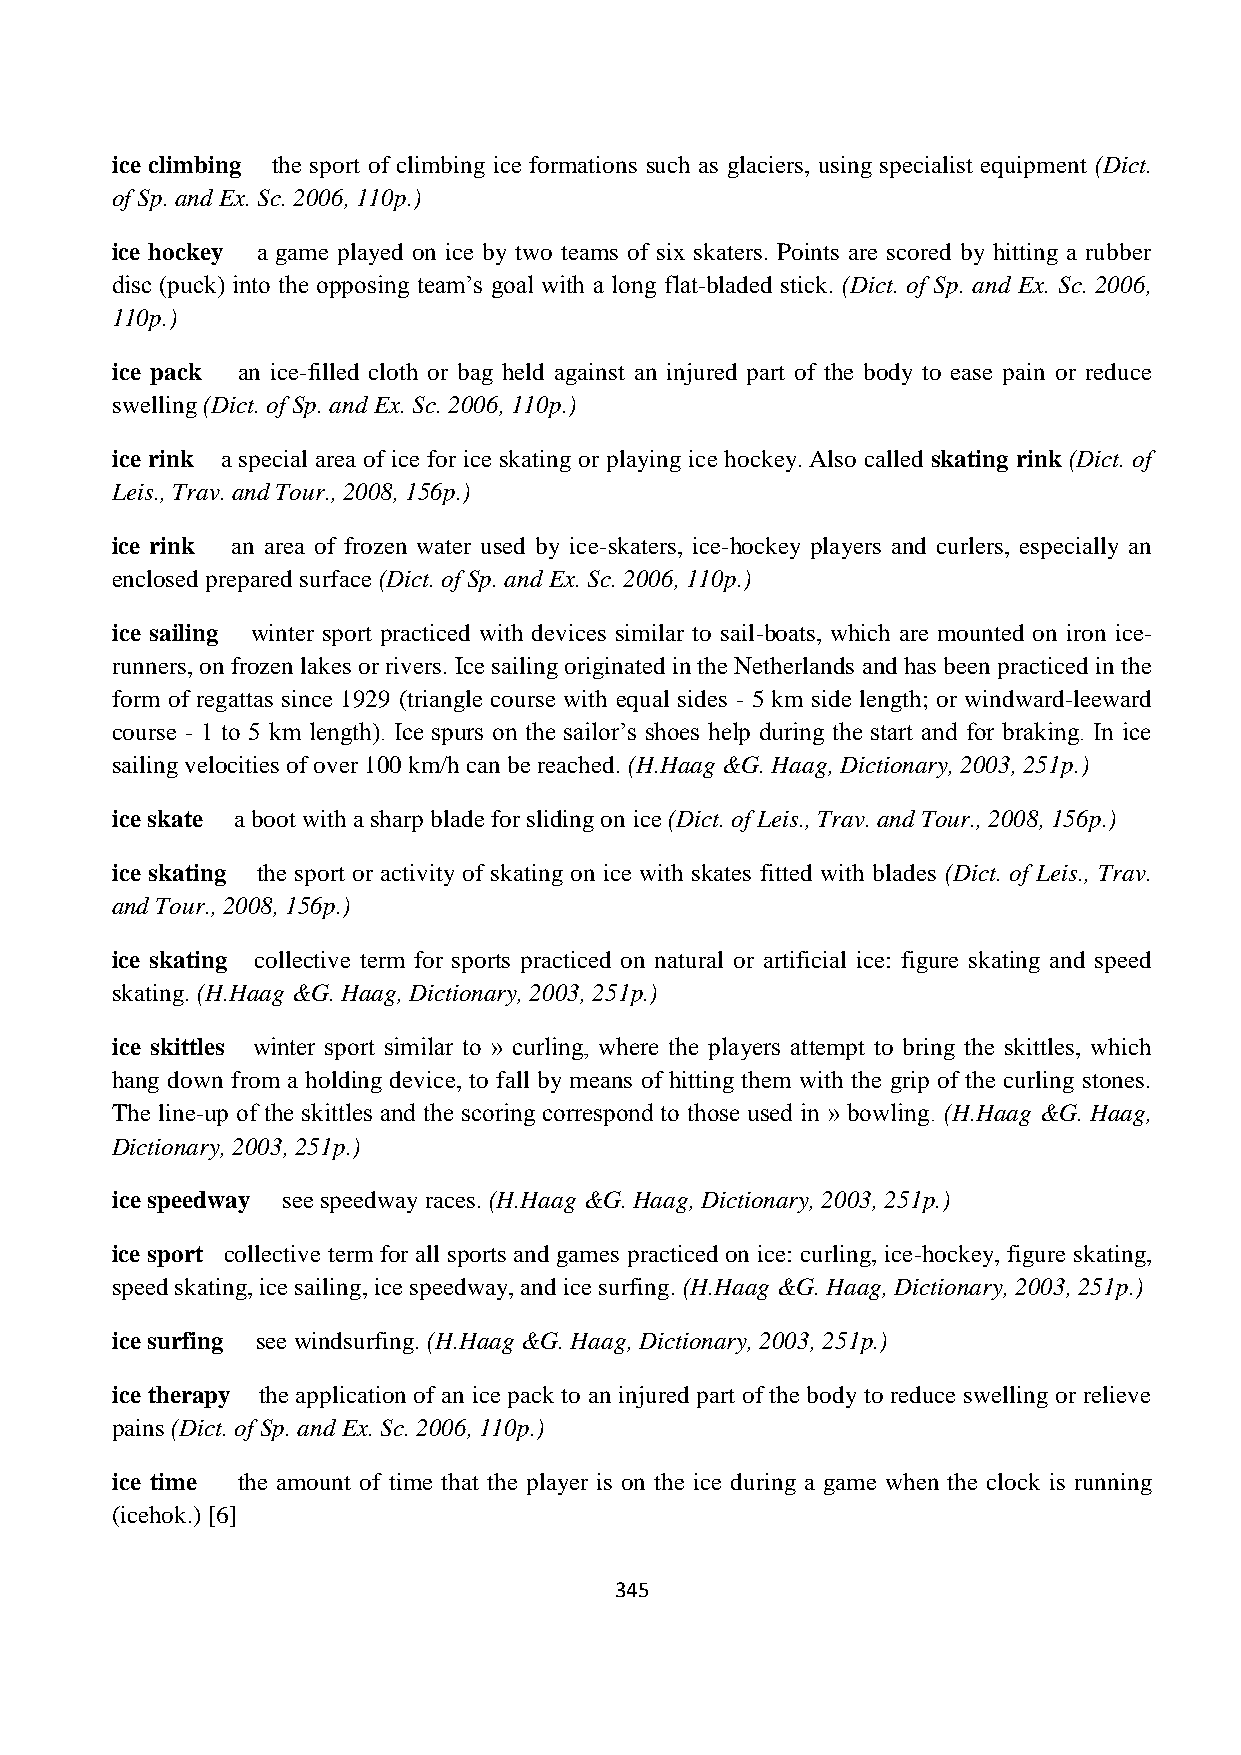
ice climbing the sport of climbing ice formations such as glaciers, using specialist equipment (Dict.
 of Sp. and Ex. Sc. 2006, 110p.)
 ice hockey a game played on ice by two teams of six skaters. Points are scored by hitting a rubber
 disc (puck) into the opposing team‟s goal with a long flat-bladed stick. (Dict. of Sp. and Ex. Sc. 2006,
 110p.)
 ice pack an ice-filled cloth or bag held against an injured part of the body to ease pain or reduce
 swelling (Dict. of Sp. and Ex. Sc. 2006, 110p.)
 ice rink a special area of ice for ice skating or playing ice hockey. Also called skating rink (Dict. of
 Leis., Trav. and Tour., 2008, 156p.)
 ice rink an area of frozen water used by ice-skaters, ice-hockey players and curlers, especially an
 enclosed prepared surface (Dict. of Sp. and Ex. Sc. 2006, 110p.)
 ice sailing winter sport practiced with devices similar to sail-boats, which are mounted on iron ice-
 runners, on frozen lakes or rivers. Ice sailing originated in the Netherlands and has been practiced in the
 form of regattas since 1929 (triangle course with equal sides - 5 km side length; or windward-leeward
 course - 1 to 5 km length). Ice spurs on the sailor‟s shoes help during the start and for braking. In ice
 sailing velocities of over 100 km/h can be reached. (H.Haag &G. Haag, Dictionary, 2003, 251p.)
 ice skate a boot with a sharp blade for sliding on ice (Dict. of Leis., Trav. and Tour., 2008, 156p.)
 ice skating the sport or activity of skating on ice with skates fitted with blades (Dict. of Leis., Trav.
 and Tour., 2008, 156p.)
 ice skating collective term for sports practiced on natural or artificial ice: figure skating and speed
 skating. (H.Haag &G. Haag, Dictionary, 2003, 251p.)
 ice skittles winter sport similar to » curling, where the players attempt to bring the skittles, which
 hang down from a holding device, to fall by means of hitting them with the grip of the curling stones.
 The line-up of the skittles and the scoring correspond to those used in » bowling. (H.Haag &G. Haag,
 Dictionary, 2003, 251p.)
 ice speedway see speedway races. (H.Haag &G. Haag, Dictionary, 2003, 251p.)
 ice sport collective term for all sports and games practiced on ice: curling, ice-hockey, figure skating,
 speed skating, ice sailing, ice speedway, and ice surfing. (H.Haag &G. Haag, Dictionary, 2003, 251p.)
 ice surfing see windsurfing. (H.Haag &G. Haag, Dictionary, 2003, 251p.)
 ice therapy the application of an ice pack to an injured part of the body to reduce swelling or relieve
 pains (Dict. of Sp. and Ex. Sc. 2006, 110p.)
 ice time the amount of time that the player is on the ice during a game when the clock is running
 (icehok.) [6]
 345